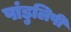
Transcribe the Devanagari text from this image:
पांडुलिपी